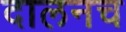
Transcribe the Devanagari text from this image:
दालनच